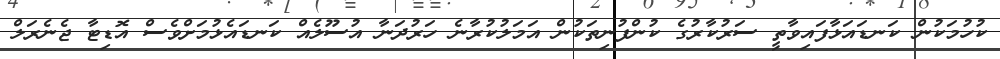
ކުހުމަކުން ކަނޑައަޅާފައިވާތީ ސަރުކާރުގެ ކުންފުނިތަކުން އަމަލުކުރާނެ ހަރުދަނާ އުސޫލެއް ކަނޑައެޅުމަށްވެސް އޮޑިޓާ ޖެނެރަލް